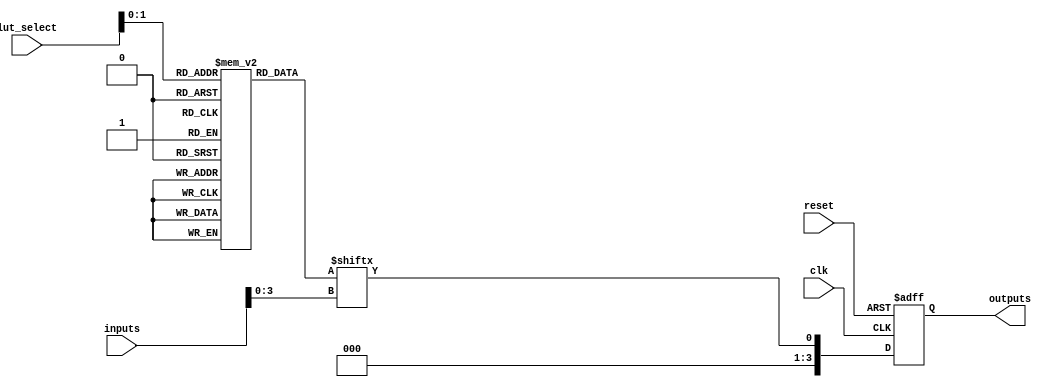
module CLB (
    input wire [7:0] inputs,               // 8 input lines
    input wire [3:0] lut_select,           // LUT select lines
    input wire clk,                         // Clock for flip-flops
    input wire reset,                       // Reset signal
    output wire [3:0] outputs               // 4 output lines
);

// Look-Up Table (LUT) for 4 inputs
reg [15:0] lut [0:3]; // 4 LUTs, each with 16 entries for 4-bit inputs
reg [3:0] lut_out;    // Output of the LUTs

// Flip-flops to store the output
reg [3:0] ff_out;

// LUT Initialization (example functions)
initial begin
    lut[0] = 16'b0000000000000001; // Example LUT for function f0
    lut[1] = 16'b0000000000000010; // Example LUT for function f1
    lut[2] = 16'b0000000000000100; // Example LUT for function f2
    lut[3] = 16'b0000000000001000; // Example LUT for function f3
end

// Combinational logic for LUT output
always @(*) begin
    lut_out = lut[lut_select][inputs[3:0]]; // Select LUT based on lut_select
end

// Flip-flop logic
always @(posedge clk or posedge reset) begin
    if (reset) begin
        ff_out <= 4'b0000; // Reset flip-flops
    end else begin
        ff_out <= lut_out; // Store LUT output in flip-flops
    end
end

// Assign outputs
assign outputs = ff_out;

endmodule